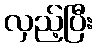
လှည့်ပြီး